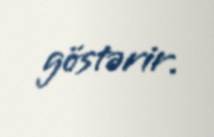
göstərir.